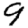
Digit: 9